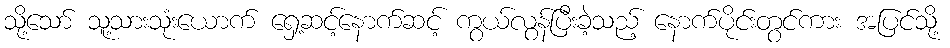
သို့သော် သူ့သားသုံးယောက် ရှေ့ဆင့်နောက်ဆင့် ကွယ်လွန်ပြီးခဲ့သည့် နောက်ပိုင်းတွင်ကား အပြင်သို့